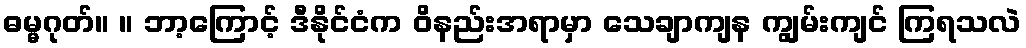
ဓမ္မဂုတ်။ ။ ဘာ့ကြောင့် ဒီနိုင်ငံက ဝိနည်းအရာမှာ သေချာကျန ကျွမ်းကျင် ကြရသလဲ